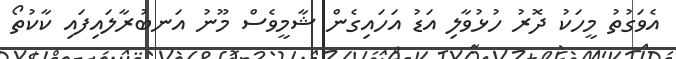
އެވަގުތު މީހަކު ދޮރު ހުޅުވާލި އަޑު އަހައިގެން ޝާމީވެސް މޫނު އަނބުރާލައިފައި ކާކުތޯ